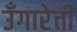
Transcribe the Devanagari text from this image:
उँगारेत्ती